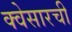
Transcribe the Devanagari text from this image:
क्वेसारची